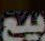
بيع